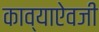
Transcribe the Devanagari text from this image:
काव्याऐवजी